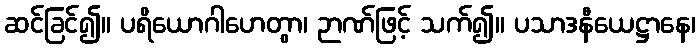
ဆင်ခြင်၍။ ပရိယောဂါဟေတွာ၊ ဉာဏ်ဖြင့် သက်၍။ ပသာဒနီယေဋ္ဌာနေ၊